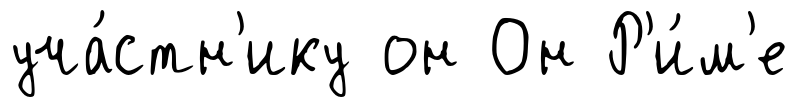
уча́стн'ику он Он Р'и́м'е